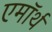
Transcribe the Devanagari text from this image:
एमॉर्थ